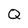
Character: Q